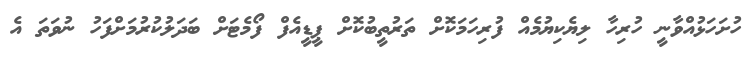
ހުށަހަޅުއްވާނީ ހުރިހާ ލިޔެކިޔުމެއް ފުރިހަމަކޮށް ތަރުތީބުކޮށް ޕީޑީއެފް ފޯމެޓަށް ބަދަލުކުރުމަށްފަހު ނުވަތަ އެ